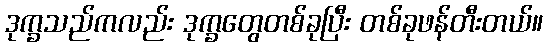
ဒုက္ခသည်ကလည်း ဒုက္ခတွေတစ်ခုပြီး တစ်ခုဖန်တီးတယ်။